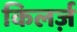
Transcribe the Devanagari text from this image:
किलर्ज़